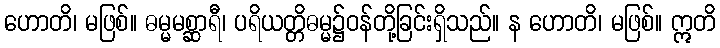
ဟောတိ၊ မဖြစ်။ ဓမ္မမစ္ဆာရီ၊ ပရိယတ္တိဓမ္မ၌ဝန်တို့ခြင်းရှိသည်။ န ဟောတိ၊ မဖြစ်။ ဣတိ